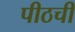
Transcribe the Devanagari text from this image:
पीठची